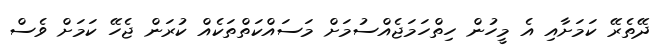
ދޭތެރޭ ކަމަށާއި އެ މީހުން ހިތްހަމަޖެއްސުމަށް މަސައްކަތްތަކެއް ކުރަން ޖެހޭ ކަމަށް ވެސް